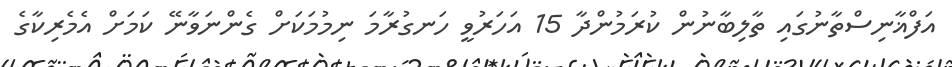
އަފްޣާނިސްތާނުގައި ތާލިބާނުން ކުރަމުންދާ 15 އަހަރުވީ ހަނގުރާމަ ނިމުމަކަށް ގެންނަވާނޭ ކަމަށް އެމެރިކާގެ